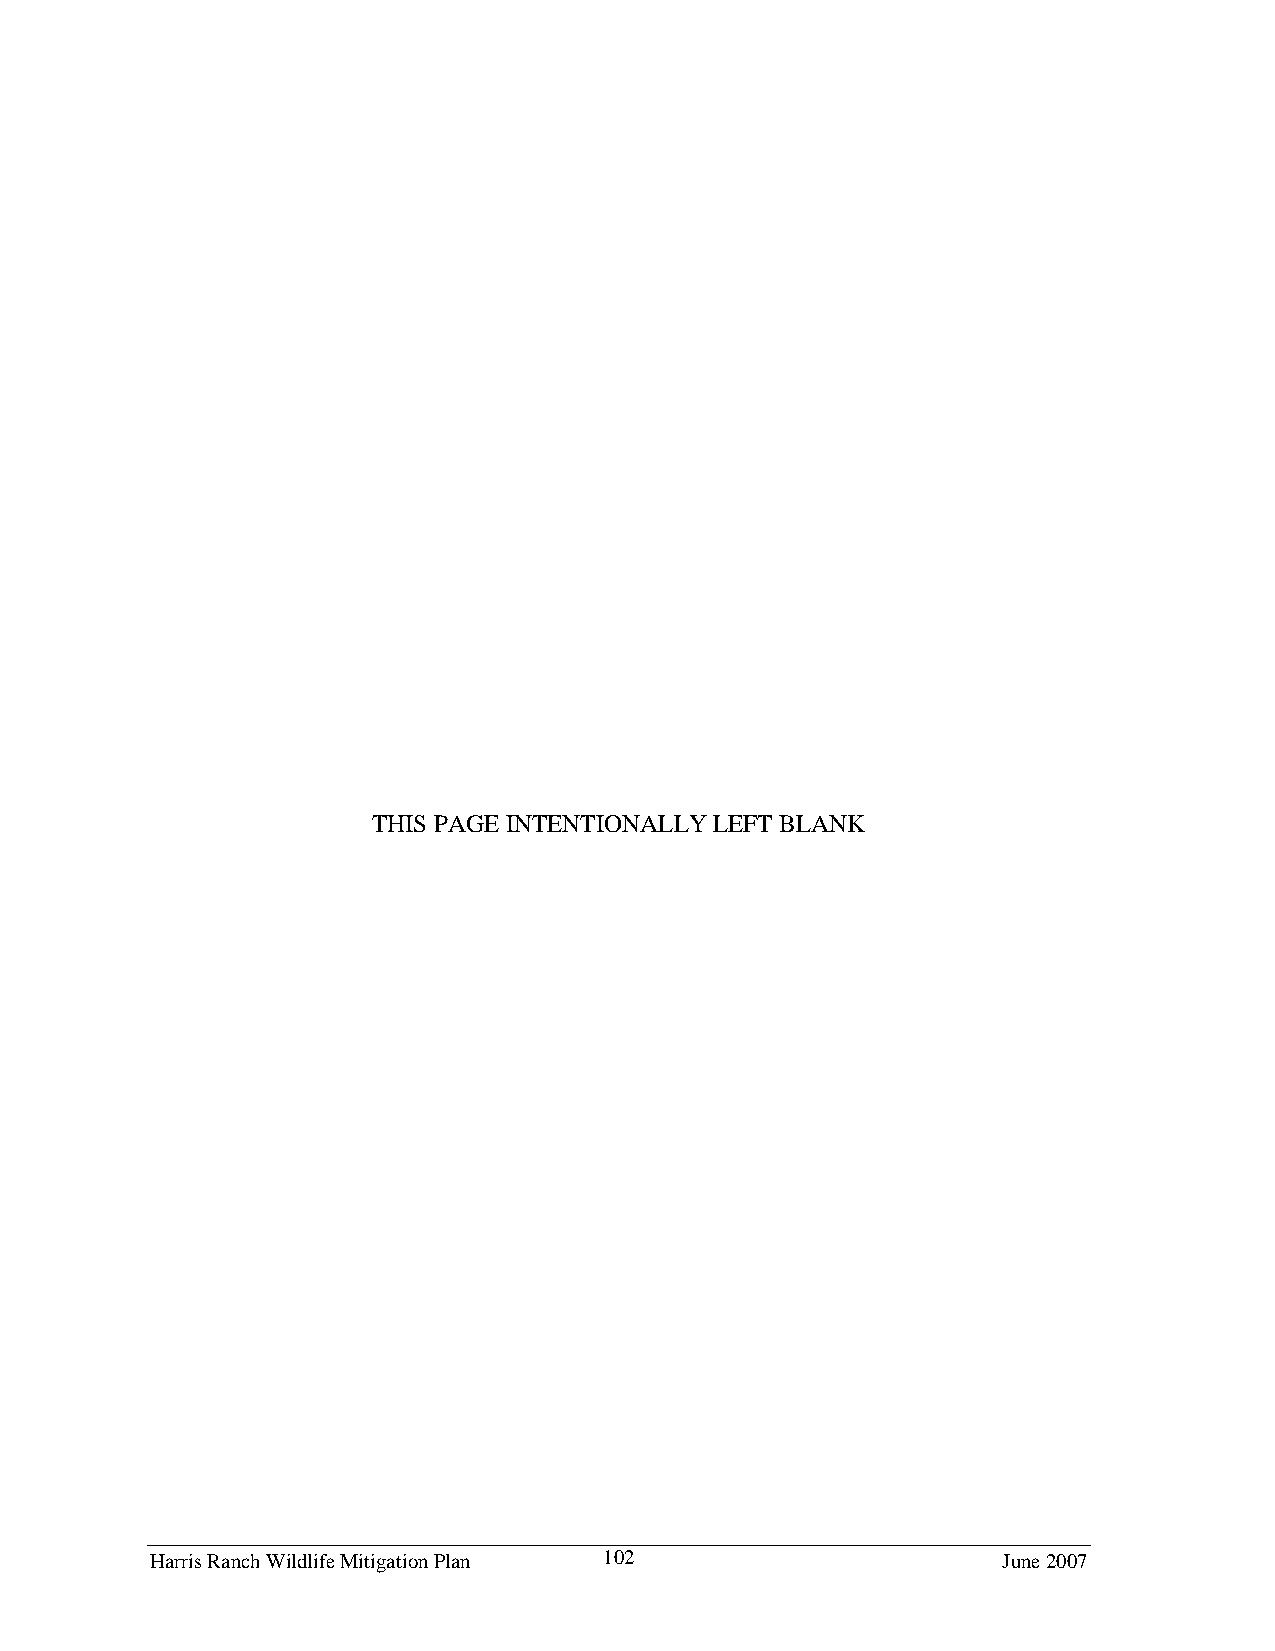
THIS PAGE INTENTIONALLY LEFT BLANK
 Harris Ranch Wildlife Mitigation Plan 102               June 2007